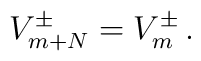
V^{\pm}_{m+N}=V^{\pm}_m \, .